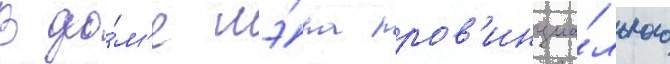
В до́м'е мэ́ра пров'инциа́льного